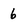
Character: 6